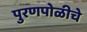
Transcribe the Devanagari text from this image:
पुरणपोळीचे